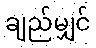
ချည်မျှင်